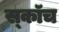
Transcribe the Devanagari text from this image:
स्‍कॉच